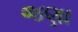
જણા